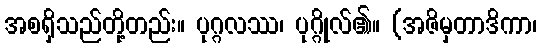
အစရှိသည်တို့တည်း။ ပုဂ္ဂလဿ၊ ပုဂ္ဂိုလ်၏။ (အဇိမှတာဒိကာ၊